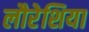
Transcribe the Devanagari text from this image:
लौरेशिया